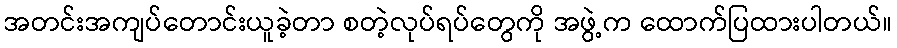
အတင်းအကျပ်တောင်းယူခဲ့တာ စတဲ့လုပ်ရပ်တွေကို အဖွဲ့က ထောက်ပြထားပါတယ်။